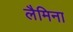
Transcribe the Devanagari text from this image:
लैमिना